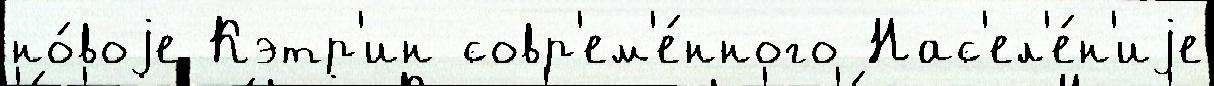
но́воjе Кэтр'ин совр'ем'е́нного Нас'ел'е́н'иjе